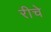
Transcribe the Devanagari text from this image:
रीचे